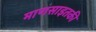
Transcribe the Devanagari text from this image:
माणसाइतकी